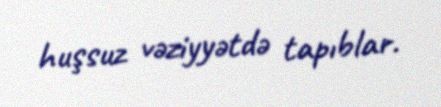
huşsuz vəziyyətdə tapıblar.